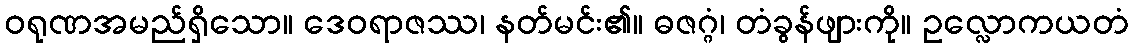
ဝရုဏအမည်ရှိသော။ ဒေဝရာဇဿ၊ နတ်မင်း၏။ ဓဇဂ္ဂံ၊ တံခွန်ဖျားကို။ ဥလ္လောကယတံ